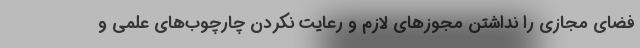
فضای مجازی را نداشتن مجوزهای لازم و رعایت نکردن چارچوب‌های علمی و